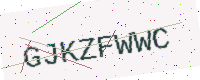
Text: GJKZFWWC